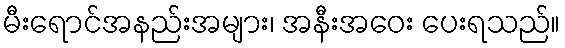
မီးရောင်အနည်းအများ၊ အနီးအဝေး ပေးရသည်။